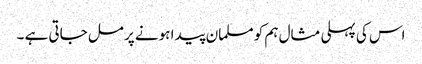
اس کی پہلی مثال ہم کو مسلمان پیدا ہونے پر مل جاتی ہے ۔